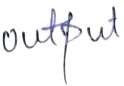
Text: output